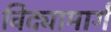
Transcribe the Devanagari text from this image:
विद्यामार्ग